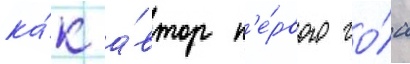
ка́к а́втор п'е́рвого го́ла